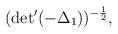
LaTeX: \begin{align*}({\rm det}^{\prime} ( - {\Delta}_{1}))^{-\frac{1}{2}},\end{align*}